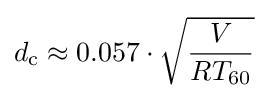
d_{\mathrm {c} }\approx 0{.}057\cdot {\sqrt {\frac {V}{RT_{60}}}}